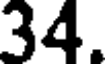
34.